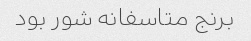
برنج متاسفانه شور بود